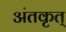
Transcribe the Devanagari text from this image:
अंतकृत्